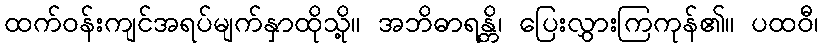
ထက်ဝန်းကျင်အရပ်မျက်နှာထိုသို့။ အဘိဓာရန္တိ၊ ပြေးလွှားကြကုန်၏။ ပထဝီ၊